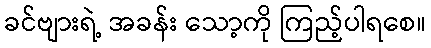
ခင်ဗျားရဲ့ အခန်း သော့ကို ကြည့်ပါရစေ။